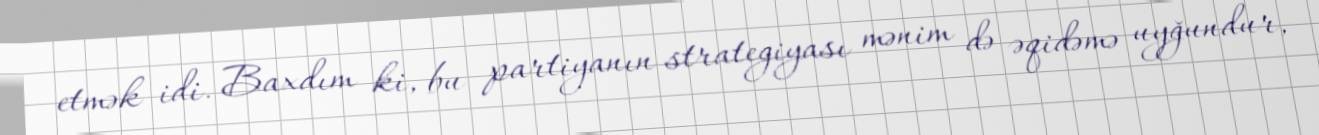
etmək idi. Baxdım ki, bu partiyanın strategiyası mənim də əqidəmə uyğundur,